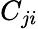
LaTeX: C_{ji}